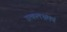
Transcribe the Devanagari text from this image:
उत्कलभ्रमणं